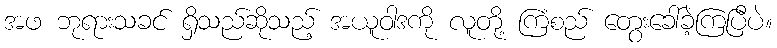
အဖ ဘုရားသခင် ရှိသည်ဆိုသည့် အယူဝါဒကို လူတို့ ကြံစည် တွေးခေါ်ခဲ့ကြပြီပဲ။